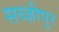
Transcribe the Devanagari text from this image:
सब्ज़ीपुर